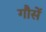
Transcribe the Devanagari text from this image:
गौसें